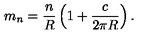
m _ { n } = \frac { n } { R } \left( 1 + \frac { c } { 2 \pi R } \right) .